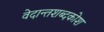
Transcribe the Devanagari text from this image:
वेदान्तशब्दकोश